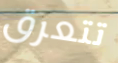
تتعرق